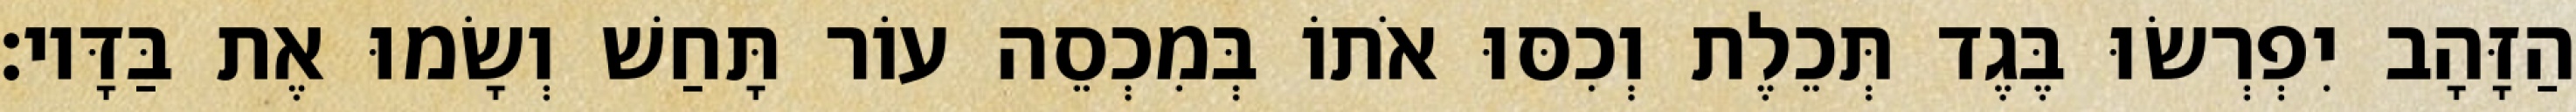
הַזָּהָב יִפְרְשׂוּ בֶּגֶד תְּכֵלֶת וְכִסּוּ אֹתוֹ בְּמִכְסֵה עוֹר תָּחַשׁ וְשָׂמוּ אֶת בַּדָּיו׃